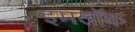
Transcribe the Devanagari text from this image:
इमलॉक